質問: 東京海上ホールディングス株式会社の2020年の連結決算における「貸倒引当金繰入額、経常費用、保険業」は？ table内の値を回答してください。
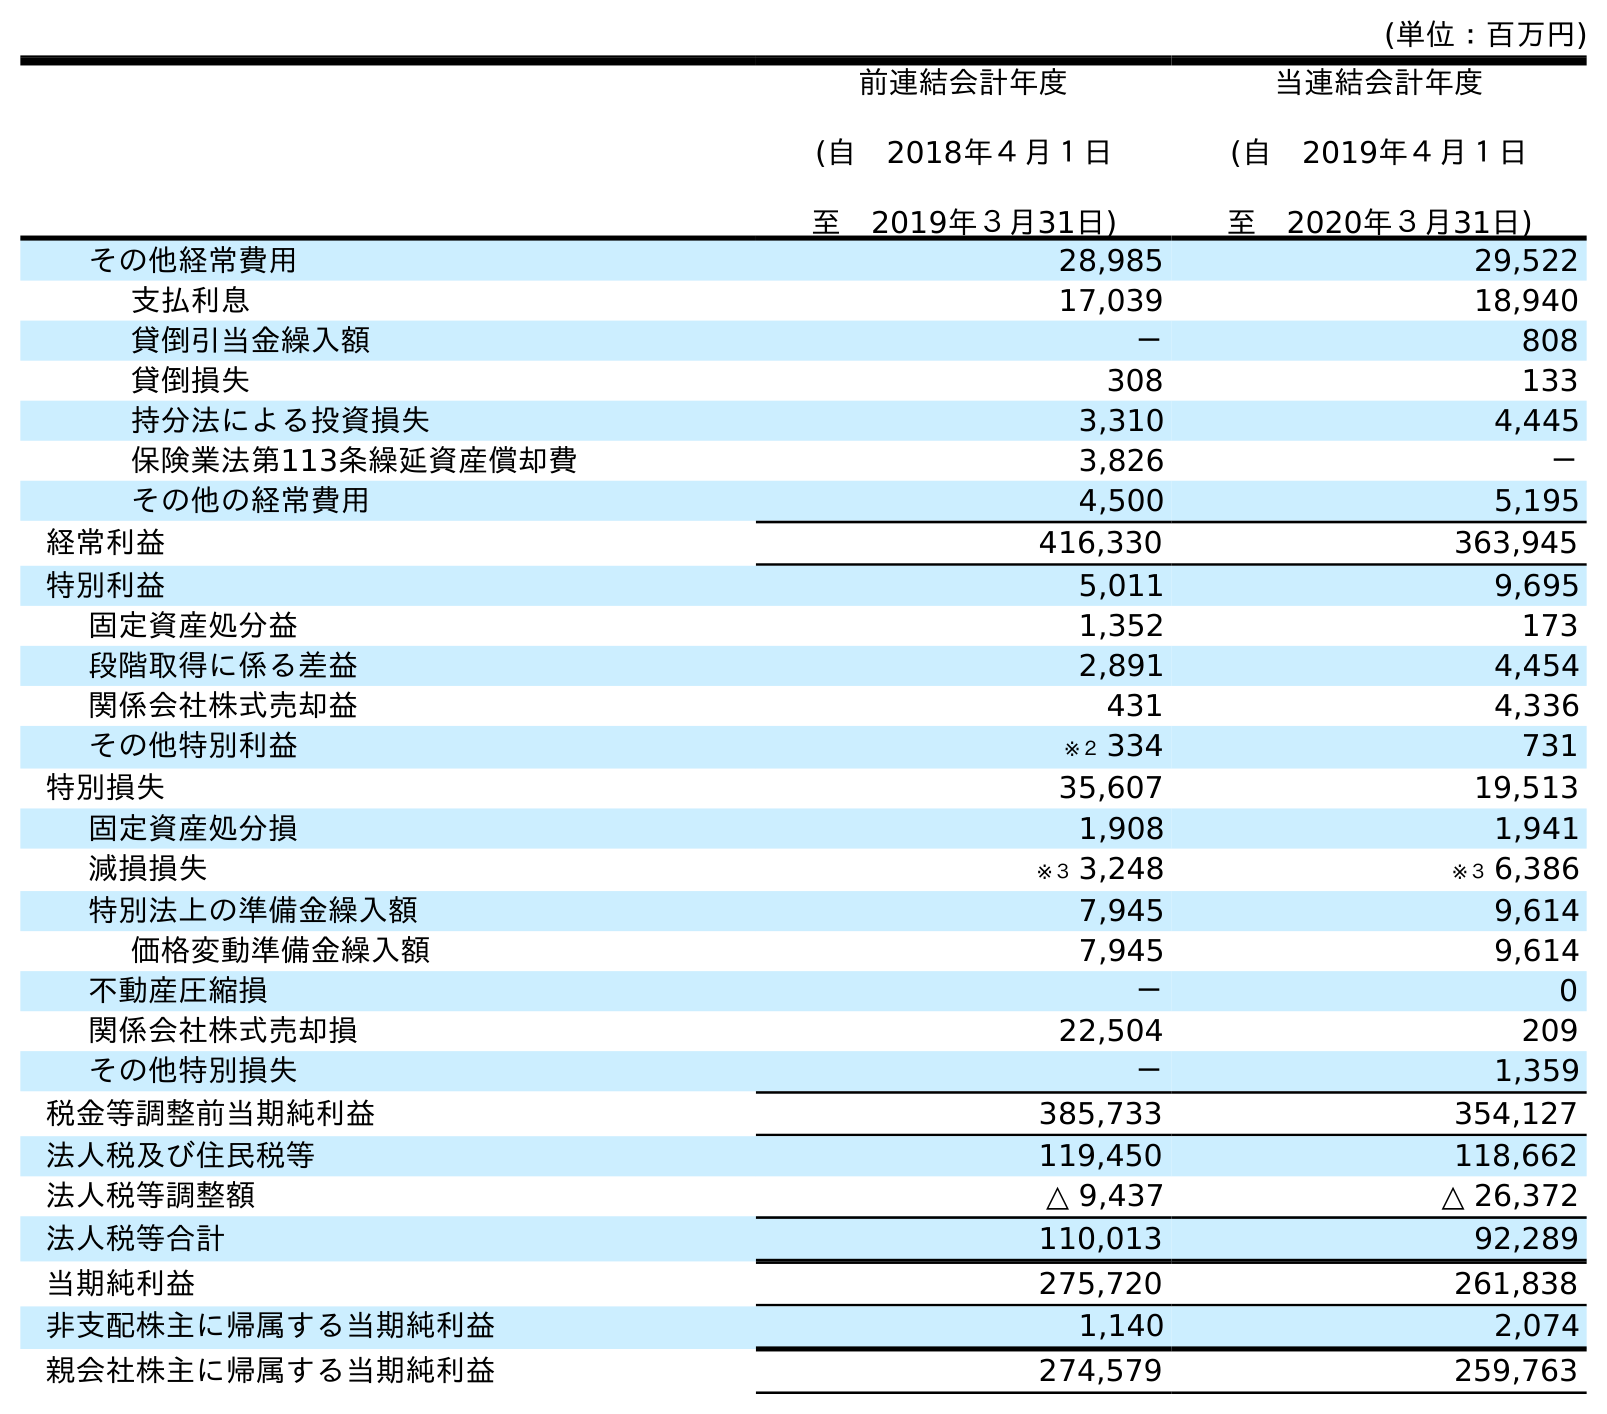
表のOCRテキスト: (単位：百万円) 前連結会計年度 (自 2018年４月１日 至 2019年３月31日) 当連結会計年度 (自 2019年４月１日 至 2020年３月31日) その他経常費用 28,985 29,522 支払利息 17,039 18,940 貸倒引当金繰入額 － 808 貸倒損失 308 133 持分法による投資損失 3,310 4,445 保険業法第113条繰延資産償却費 3,826 － その他の経常費用 4,500 5,195 経常利益 416,330 363,945 特別利益 5,011 9,695 固定資産処分益 1,352 173 段階取得に係る差益 2,891 4,454 関係会社株式売却益 431 4,336 その他特別利益 ※２ 334 731 特別損失 35,607 19,513 固定資産処分損 1,908 1,941 減損損失 ※３ 3,248 ※３ 6,386 特別法上の準備金繰入額 7,945 9,614 価格変動準備金繰入額 7,945 9,614 不動産圧縮損 － 0 関係会社株式売却損 22,504 209 その他特別損失 － 1,359 税金等調整前当期純利益 385,733 354,127 法人税及び住民税等 119,450 118,662 法人税等調整額 △ 9,437 △ 26,372 法人税等合計 110,013 92,289 当期純利益 275,720 261,838 非支配株主に帰属する当期純利益 1,140 2,074 親会社株主に帰属する当期純利益 274,579 259,763
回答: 808